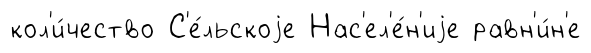
кол'и́чество С'е́льскоjе Нас'ел'е́н'иjе равн'и́н'е